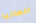
المانيا